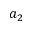
a _ { 2 }